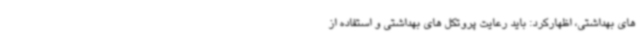
های بهداشتی، اظهارکرد: باید رعایت پروتکل های بهداشتی و استفاده از